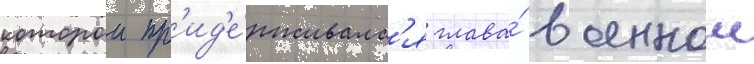
которои пр'ид'е́рживалс'я глава́ военнои